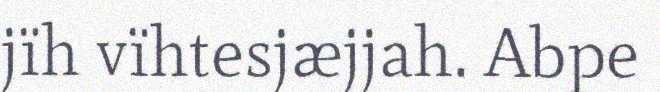
jïh vïhtesjæjjah. Abpe